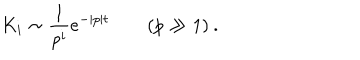
K _ { i } \sim \frac { 1 } { p ^ { i } } e ^ { - | p | t } \qquad ( p \gg 1 ) \: .